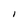
Character: I